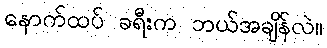
နောက်ထပ် ခရီးက ဘယ်အချိန်လဲ။